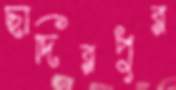
ছাদিরপুর